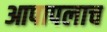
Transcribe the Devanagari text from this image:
आपापलाच